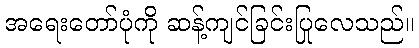
အရေးတော်ပုံကို ဆန့်ကျင်ခြင်းပြုလေသည်။